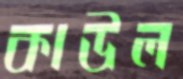
কাউল